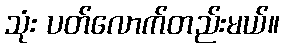
သုံး ပတ်လောက်တည်းမယ်။